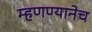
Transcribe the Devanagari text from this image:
म्हणण्यानेच